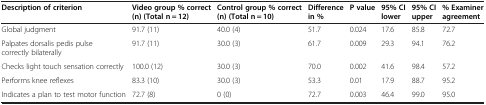
| Description of criterion | Video group % correct (n) (Total n = 12) | Control group % correct (n) (Total n = 10) | Difference in % | P value | 95% CI lower | 95% CI upper | % Examiner agreement |
 | --- | --- | --- | --- | --- | --- | --- | --- |
 | Global judgment | 91.7 (11) | 40.0 (4) | 51.7 | 0.024 | 17.6 | 85.8 | 72.7 |
 | Palpates dorsalis pedis pulse correctly bilaterally | 91.7 (11) | 30.0 (3) | 61.7 | 0.009 | 29.3 | 94.1 | 76.2 |
 | Checks light touch sensation correctly | 100.0 (12) | 30.0 (3) | 70.0 | 0.002 | 41.6 | 98.4 | 57.2 |
 | Performs knee reflexes | 83.3 (10) | 30.0 (3) | 53.3 | 0.01 | 17.9 | 88.7 | 95.2 |
 | Indicates a plan to test motor function | 72.7 (8) | 0 (0) | 72.7 | 0.003 | 46.4 | 99.0 | 95.0 |